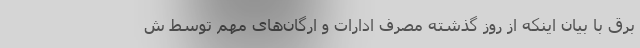
برق با بیان اینکه از روز گذشته مصرف ادارات و ارگان‌های مهم توسط ش